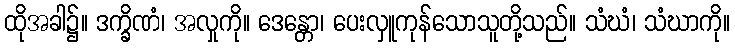
ထိုအခါ၌။ ဒက္ခိဏံ၊ အလှုကို။ ဒေန္တော၊ ပေးလှူကုန်သောသူတို့သည်။ သံဃံ၊ သံဃာကို။